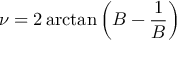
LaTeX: \nu = 2 \arctan \left( B - { \frac { 1 } { B } } \right)